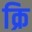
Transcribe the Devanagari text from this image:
क्रि